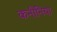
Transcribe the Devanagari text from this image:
कनीनिया